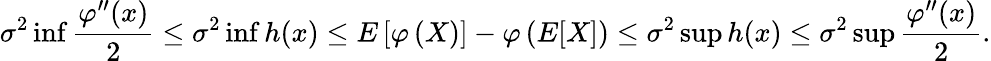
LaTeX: \sigma^{2}\operatorname*{inf}{\frac{\varphi^{\prime\prime}(x)}{2}}\leq\sigma^{2}\operatorname*{inf}h(x)\leq E\left[\varphi\left(X\right)\right]-\varphi\left(E[X]\right)\leq\sigma^{2}\operatorname*{sup}h(x)\leq\sigma^{2}\operatorname*{sup}{\frac{\varphi^{\prime\prime}(x)}{2}}.